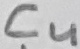
Text: C4